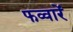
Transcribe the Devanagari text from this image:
फव्वारें